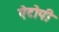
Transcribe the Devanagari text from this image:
ऐटोपी